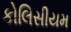
કોલિસીયમ